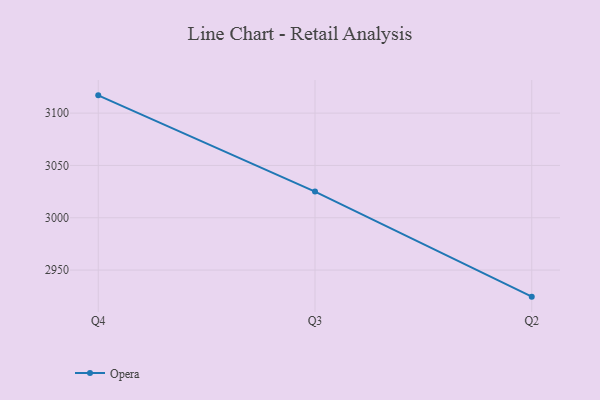
{"axis": {"x": "Quarter", "y": "Operating Costs (USD K)"}, "legend": ["Opera"], "data": [{"x": "Q4", "y": 3117.0, "type": "Opera"}, {"x": "Q3", "y": 3025.0, "type": "Opera"}, {"x": "Q2", "y": 2924.6, "type": "Opera"}]}